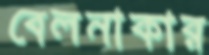
বেলনাকার